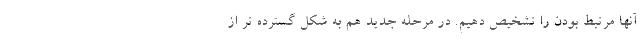
آنها مرتبط بودن را تشخیص دهیم. در مرحله جدید هم به شکل گسترده تر از